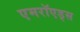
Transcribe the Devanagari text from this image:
एमरॉएड्स